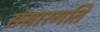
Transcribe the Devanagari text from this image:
संसारगति